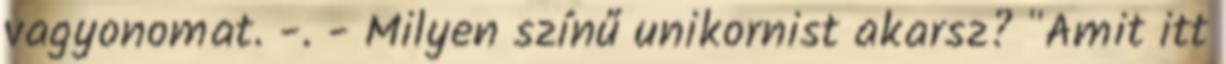
vagyonomat. -. - Milyen színű unikornist akarsz? "Amit itt